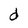
Character: d